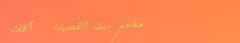
مطعم بيت القصيدة   أكلات